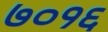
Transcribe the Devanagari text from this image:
७०१६